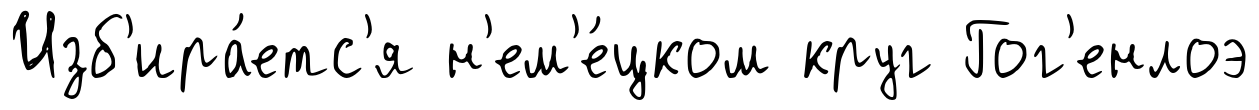
Изб'ира́етс'я н'ем'е́цком круг Гог'енлоэ